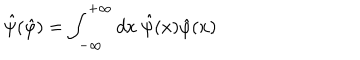
\hat { \psi } ( \hat { \varphi } ) = \int _ { - \infty } ^ { + \infty } d x ~ \hat { \psi } ( x ) \hat { \varphi } ( x )